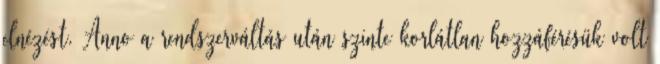
elnézést. Anno a rendszerváltás után szinte korlátlan hozzáférésük volt